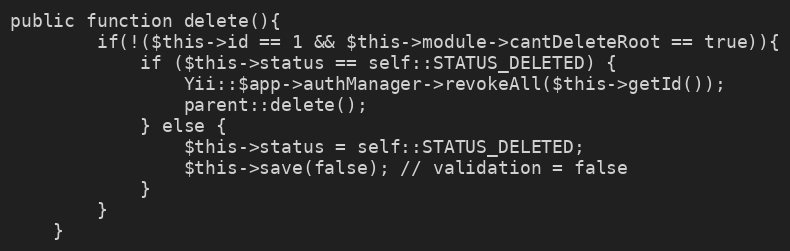
Language: PHP
public function delete(){
        if(!($this->id == 1 && $this->module->cantDeleteRoot == true)){
            if ($this->status == self::STATUS_DELETED) {
                Yii::$app->authManager->revokeAll($this->getId());
                parent::delete();
            } else {
                $this->status = self::STATUS_DELETED;
                $this->save(false); // validation = false
            }
        }
    }